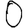
Digit: 0